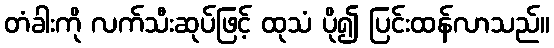
တံခါးကို လက်သီးဆုပ်ဖြင့် ထုသံ ပို၍ ပြင်းထန်လာသည်။